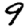
Digit: 9